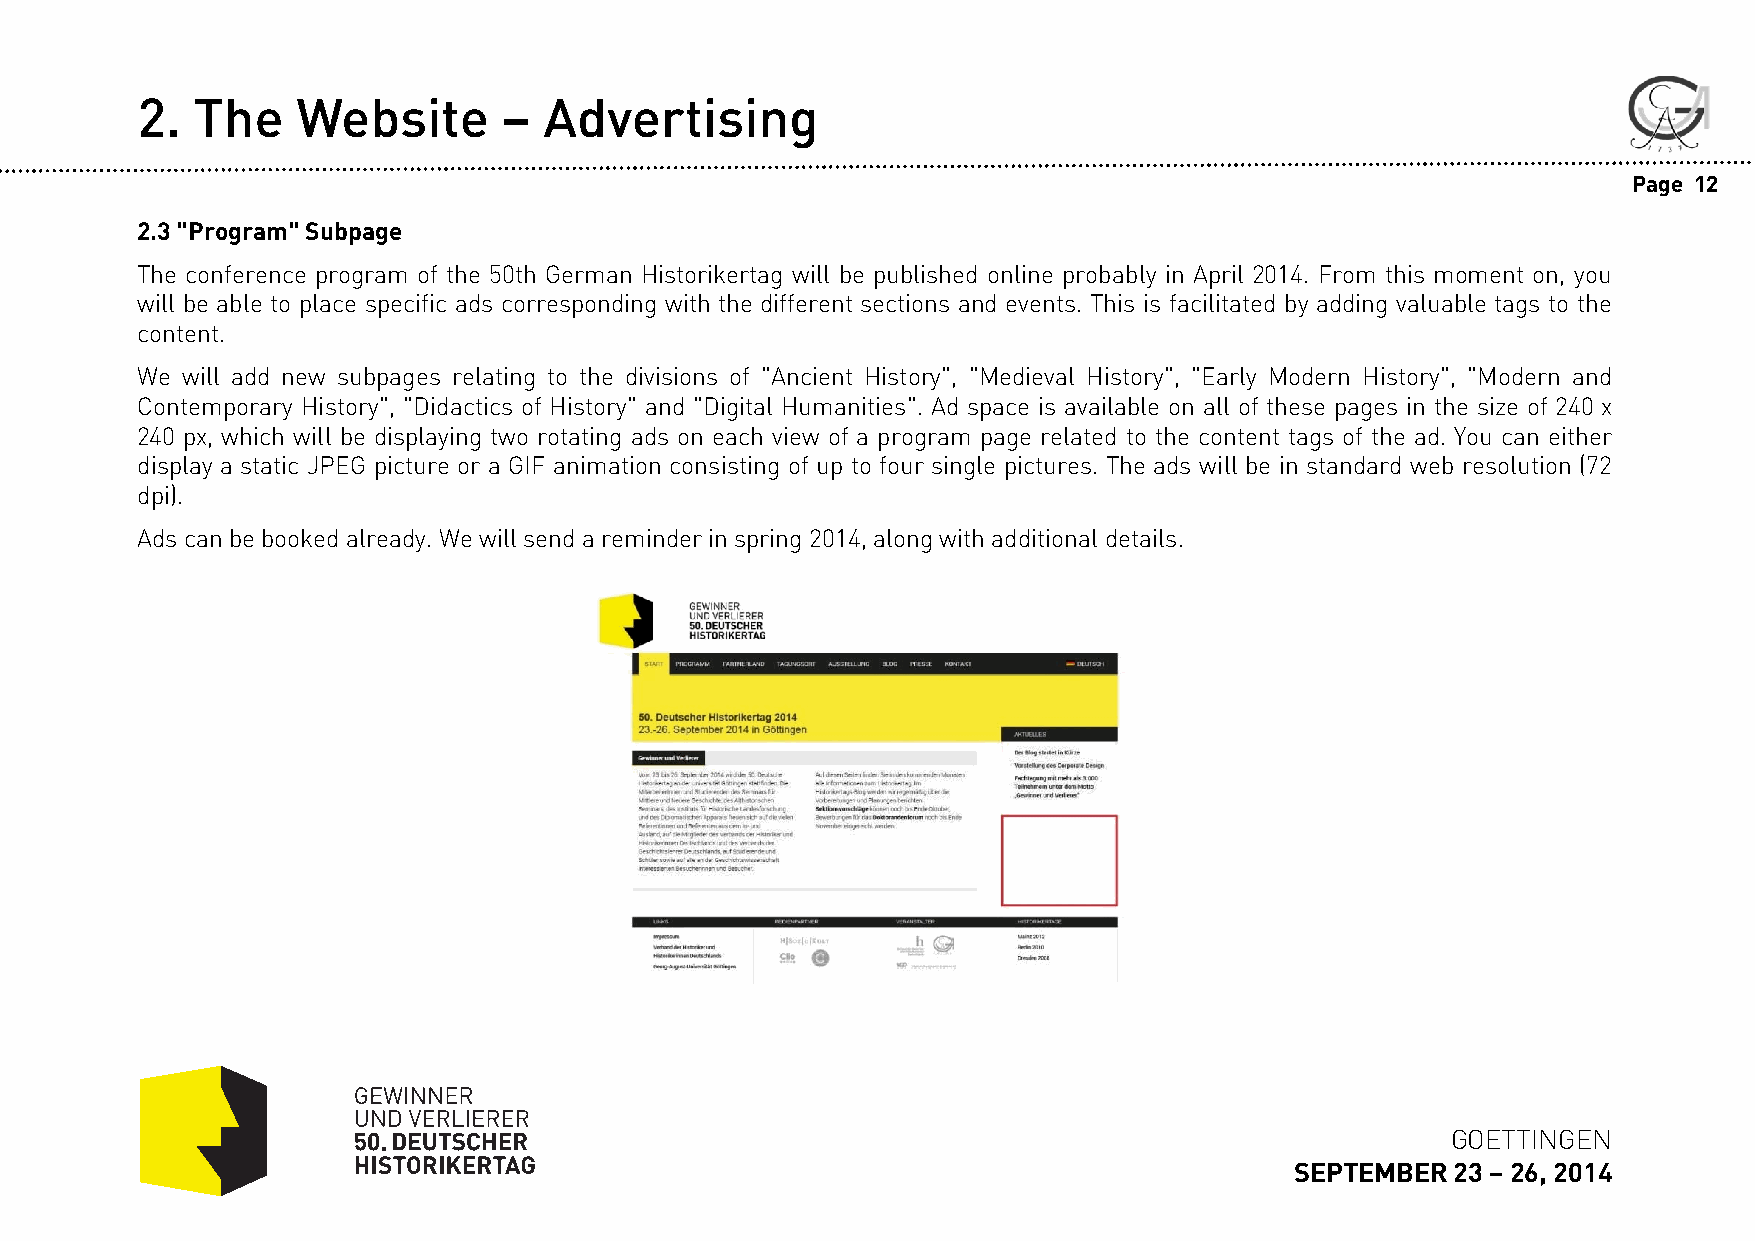
2.  The    Website      –  Advertising
 Page 12
 2.3"Program"Subpage
 The conference program of the 50th German Historikertag will be published online probably in April 2014. From this moment on, you
 will be able to place specific ads corresponding with the different sections and events. This is facilitated by adding valuable tags to the
 content.
 We will add new subpages relating to the divisions of "Ancient History", "Medieval History", "Early Modern History", "Modern and
 Contemporary History", "Didactics of History" and "Digital Humanities". Ad space is available on all of these pages in the size of 240 x
 240 px, which will be displaying two rotating ads on each view of a program page related to the content tags of the ad. You can either
 display a static JPEG picture or a GIF animation consisting of up to four single pictures. The ads will be in standard web resolution (72
 dpi).
 Adscanbe bookedalready.Wewillsendareminderinspring 2014,alongwith additional details.
 GOETTINGEN
 SEPTEMBER 23 –26, 2014